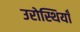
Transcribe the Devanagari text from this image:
उरोस्थियाँ